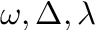
\omega , \Delta , \lambda